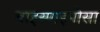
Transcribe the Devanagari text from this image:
बाइस्पाइनोसा